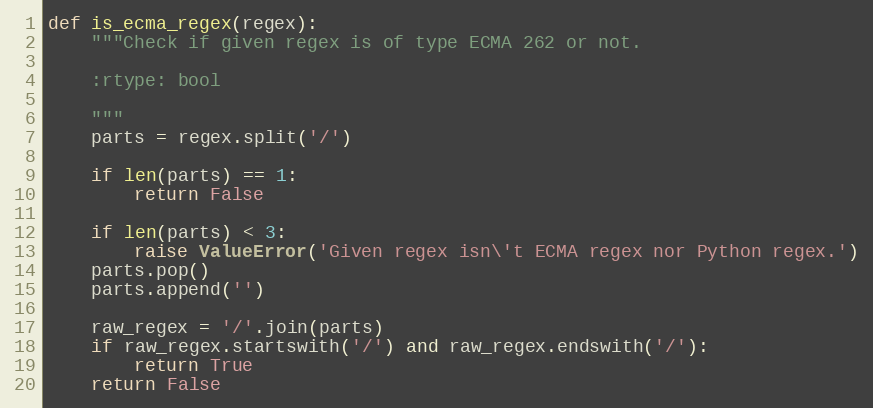
Language: Python
def is_ecma_regex(regex):
    """Check if given regex is of type ECMA 262 or not.

    :rtype: bool

    """
    parts = regex.split('/')

    if len(parts) == 1:
        return False

    if len(parts) < 3:
        raise ValueError('Given regex isn\'t ECMA regex nor Python regex.')
    parts.pop()
    parts.append('')

    raw_regex = '/'.join(parts)
    if raw_regex.startswith('/') and raw_regex.endswith('/'):
        return True
    return False